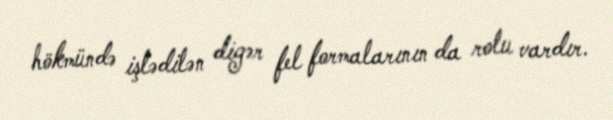
hökmündə işlədilən digər fel formalarının da rolu vardır.